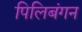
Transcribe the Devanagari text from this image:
पिलिबंगन